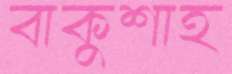
বাকুশাহ